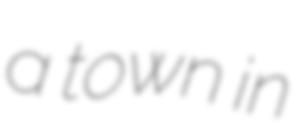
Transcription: a town in